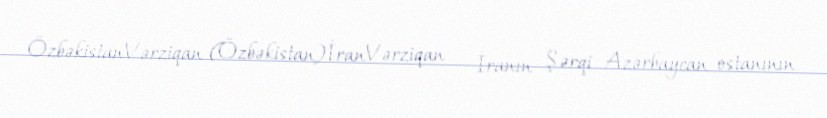
ÖzbəkistanVərziqan (Özbəkistan)İranVərziqan — İranın Şərqi Azərbaycan ostanının